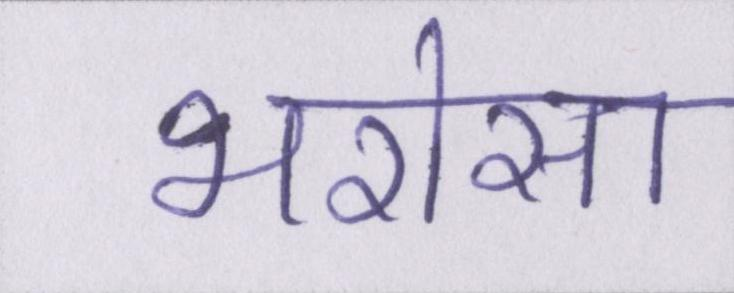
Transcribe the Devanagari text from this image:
भरोसा